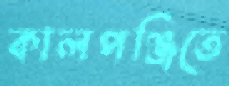
কালপঞ্জিতে